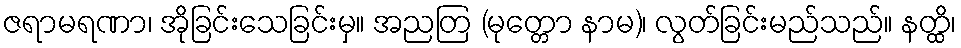
ဇရာမရဏာ၊ အိုခြင်းသေခြင်းမှ။ အညတြ (မုတ္တော နာမ)၊ လွတ်ခြင်းမည်သည်။ နတ္ထိ၊